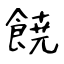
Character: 𩜙